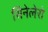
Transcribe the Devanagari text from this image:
सिनेलेरो